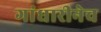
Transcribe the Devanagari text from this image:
गांधारीनेच